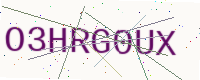
Text: O3HRG0UX